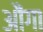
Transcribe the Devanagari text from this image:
औंगा